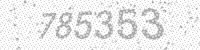
Solution: 785353